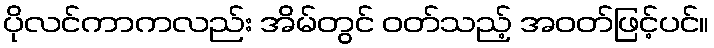
ပိုလင်ကာကလည်း အိမ်တွင် ဝတ်သည့် အဝတ်ဖြင့်ပင်။